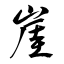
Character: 崖